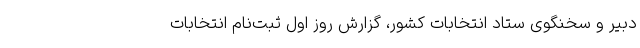
دبیر و سخنگوی ستاد انتخابات کشور، گزارش روز اول ثبت‌نام انتخابات